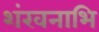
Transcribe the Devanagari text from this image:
शंखनाभि